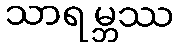
သာရမ္ဘဿ